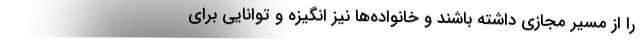
را از مسیر مجازی داشته باشند و خانواده‌ها نیز انگیزه و توانایی برای